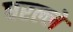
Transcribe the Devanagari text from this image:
धरल्ले